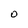
Character: O